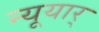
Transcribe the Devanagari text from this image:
न्यूयार्